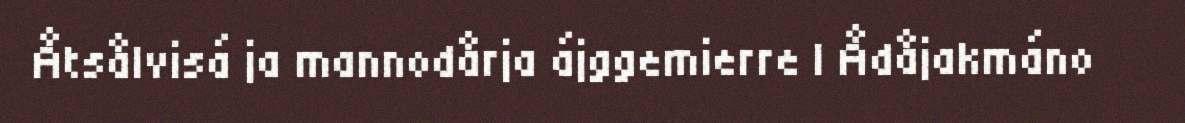
Åtsålvisá ja mannodårja ájggemierre l Ådåjakmáno